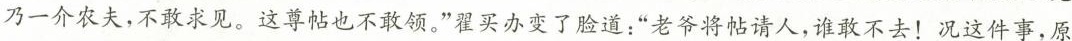
乃一介农夫，不敢求见。这尊帖也不敢领。”星买办变了脸道；”老爷将帖请人，谁敢不去！况这件事，原